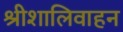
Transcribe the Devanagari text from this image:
श्रीशालिवाहन